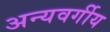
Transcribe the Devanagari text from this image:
अन्यवर्गीय